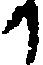
か